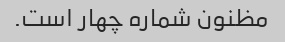
مظنون شماره چهار است.